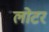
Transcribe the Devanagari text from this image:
लोटर